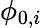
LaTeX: \phi_{0,i}